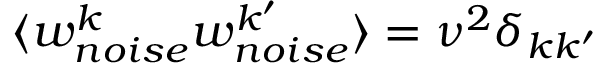
\langle w _ { n o i s e } ^ { k } w _ { n o i s e } ^ { k ^ { \prime } } \rangle = \nu ^ { 2 } \delta _ { k k ^ { \prime } }